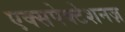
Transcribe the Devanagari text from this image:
एक्सपेक्टेशनज़